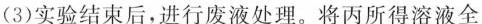
（3）实验结束后，进行废液处理。将丙所得溶液全